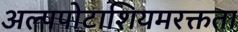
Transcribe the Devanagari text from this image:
अल्पपोटाशियमरक्तता